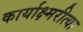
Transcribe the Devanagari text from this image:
कार्याक्ष्मरीत्या